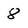
Character: 8